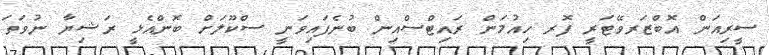
ސީރިއަން އޮބްޒަރވޭޓަރީ ފޮރ ހިއުމަން ރައިޓްސްއިން ބުނެފައިވަނީ ސްކޫލަށް ބޮންއެޅީ ރަޝިޔާ ނުވަތަ